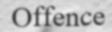
Offence